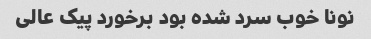
نونا خوب سرد شده بود برخورد پیک عالی